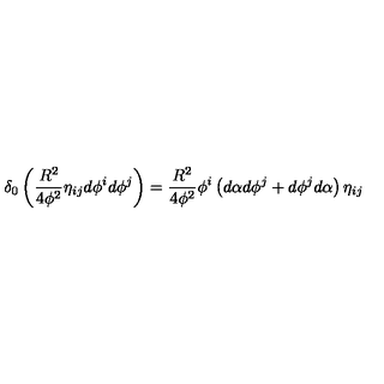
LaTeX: \delta _ { 0 } \left( \frac { R ^ { 2 } } { 4 \phi ^ { 2 } } \eta _ { i j } d \phi ^ { i } d \phi ^ { j } \right) = \frac { R ^ { 2 } } { 4 \phi ^ { 2 } } \phi ^ { i } \left( d \alpha d \phi ^ { j } + d \phi ^ { j } d \alpha \right) \eta _ { i j }